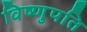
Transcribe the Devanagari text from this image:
विष्णुपति